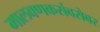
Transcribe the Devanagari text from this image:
मालवणकरांबरोबर